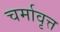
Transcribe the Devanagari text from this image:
चर्मावृत्त